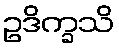
ဥဒိက္ခသိ